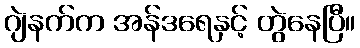
ဂျဲနက်က အန်ဒရေနှင့် တွဲနေပြီ။